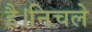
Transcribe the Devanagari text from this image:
है।निचले